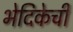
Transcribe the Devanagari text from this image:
भेदिकेची